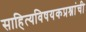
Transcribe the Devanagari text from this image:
साहित्यविषयकप्रश्नांची